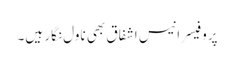
پروفیسر انیس اشفاق بھی ناول نگار ہیں۔